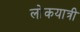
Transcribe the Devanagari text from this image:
लोकयात्री